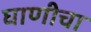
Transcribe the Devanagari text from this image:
घाणीचा